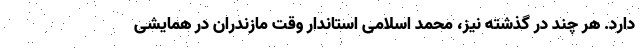
دارد. هر چند در گذشته نیز، محمد اسلامی استاندار وقت مازندران در همایشی